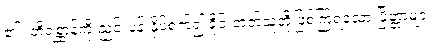
၏။ တိရစ္ဆာန်ကို ညှင်းပန်းနှိပ်စက်၍ ခိုင်းတတ်သူတို့ဖြစ်ကြရသော ပြိတ္တာများ၊